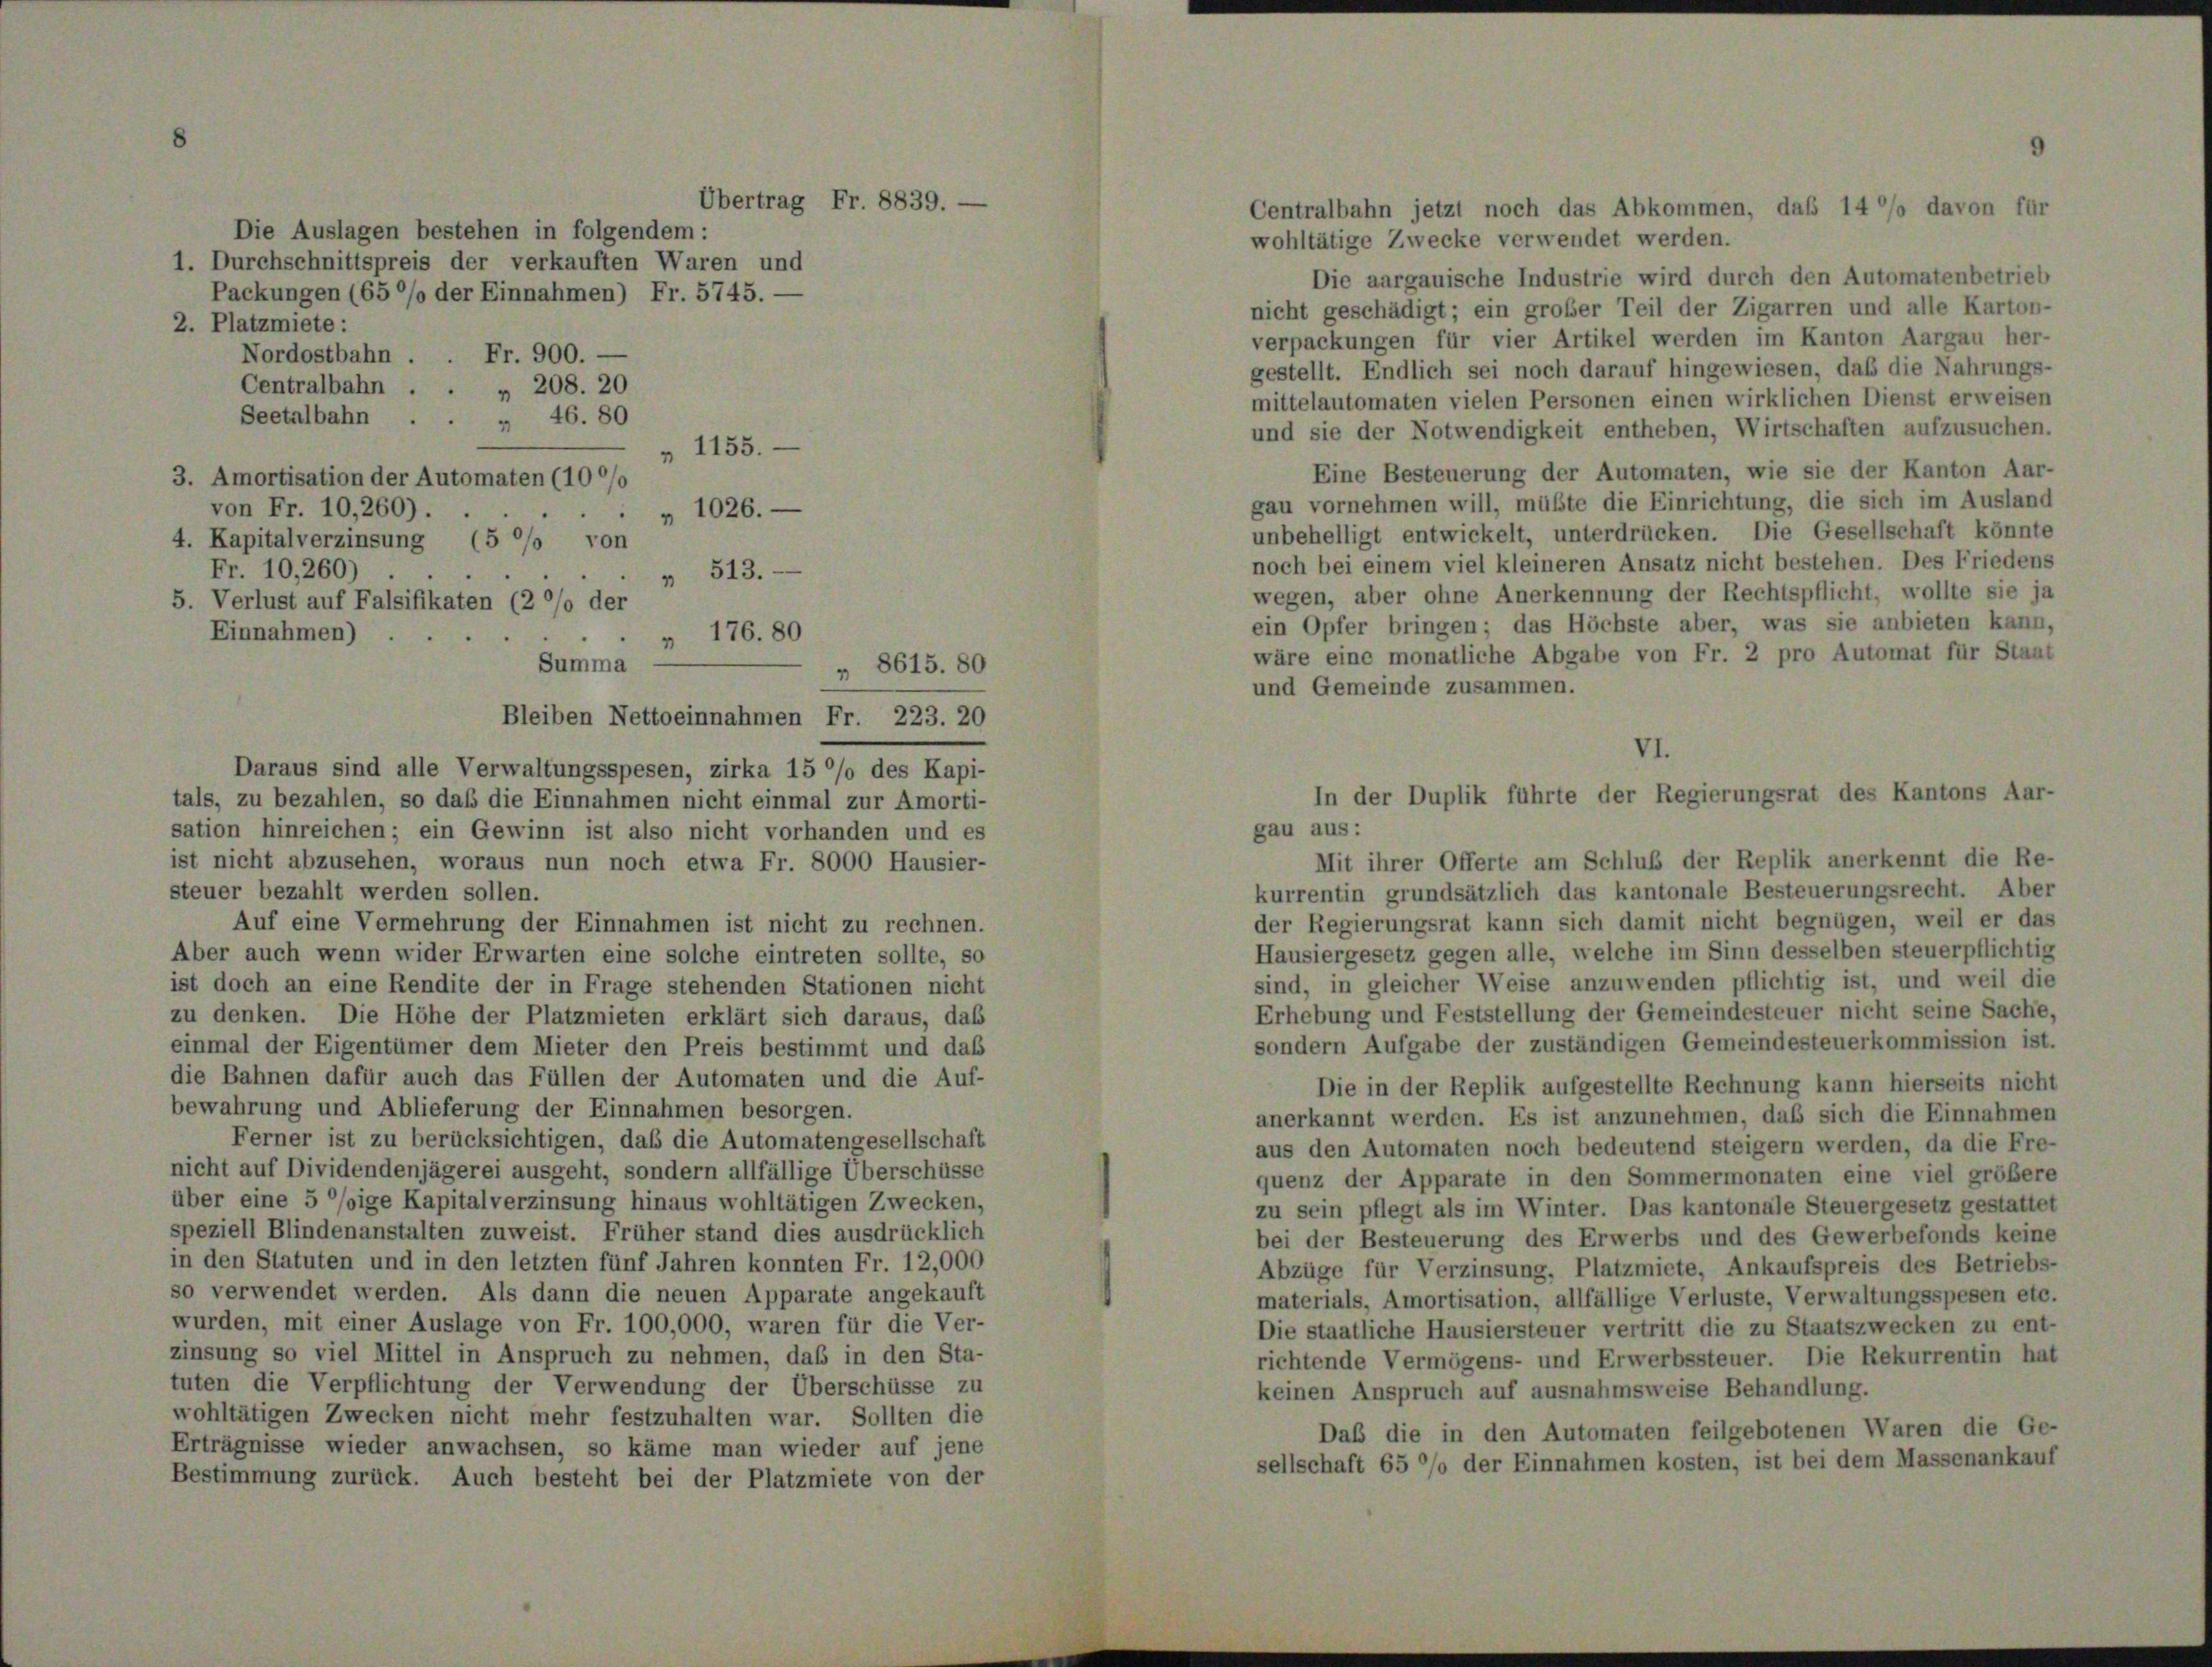
wohltätige Zwecke verwendet werden.
Die aargauische Industrie wird durch den Automatenbetrieb
nicht geschädigt; ein großer Teil der Zigarren und alle Karton-
verpackungen für vier Artikel werden im Kanton Aargau her-
gestellt. Endlich sei noch darauf hingewiesen, daß die Nahrungs-
mittelautomaten vielen Personen einen wirklichen Dienst erweisen
und sie der Notwendigkeit entheben, Wirtschaften aufzusuchen.
Eine Besteuerung der Automaten, wie sie der Kanton Aar-
gau vornehmen will, müßte die Einrichtung, die sich im Ausland
unbehelligt entwickelt, unterdrücken. Die Gesellschaft könnte
noch bei einem viel kleineren Ansatz nicht bestehen. Des Friedens
wegen, aber ohne Anerkennung der Rechtspflicht, wollte sie ja
ein Opfer bringen; das Höchste aber, was sie anbieten kann,
wäre eine monatliche Abgabe von Fr. 2 pro Automat für Staat
und Gemeinde zusammen.
Daraus sind alle Verwaltungsspesen, zirka 15 °/o des Kapi-
tals, zu bezahlen, so daß die Einnahmen nicht einmal zur Amorti-
sation hinreichen; ein Gewinn ist also nicht vorhanden und es
Mit ihrer Offerte am Schluß der Replik anerkennt die Re-
ist nicht abzusehen, woraus nun noch etwa Fr. 8000 Hausier-
steuer bezahlt werden sollen.
kurrentin grundsätzlich das kantonale Besteuerungsrecht. Aber
der Regierungsrat kann sich damit nicht begnügen, weil er das
Auf eine Vermehrung der Einnahmen ist nicht zu rechnen.
Hausiergesetz gegen alle, welche im Sinn desselben steuerpflichtig
Aber auch wenn wider Erwarten eine solche eintreten sollte, so
sind, in gleicher Weise anzuwenden pflichtig ist, und weil die
ist doch an eine Rendite der in Frage stehenden Stationen nicht
Erhebung und Feststellung der Gemeindesteuer nicht seine Sache,
zu denken. Die Höhe der Platzmieten erklärt sich daraus, daß
sondern Aufgabe der zuständigen Gemeindesteuerkommission ist.
einmal der Eigentümer dem Mieter den Preis bestimmt und das
die Bahnen dafür auch das Füllen der Automaten und die Auf-
Die in der Replik aufgestellte Rechnung kann hierseits nicht
bewahrung und Ablieferung der Einnahmen besorgen.
anerkannt werden. Es ist anzunehmen, daß sich die Einnahmen
Ferner ist zu berücksichtigen, daß die Automatengesellschaft
aus den Automaten noch bedeutend steigern werden, da die Fre-
nicht auf Dividendenjägerei ausgeht, sondern allfällige Überschüsse
quenz der Apparate in den Sommermonaten eine viel größere
über eine 5 °/oige Kapitalverzinsung hinaus wohltätigen Zwecken,
zu sein pflegt als im Winter. Das kantonale Steuergesetz gestattet
speziell Blindenanstalten zuweist. Früher stand dies ausdrücklich
bei der Besteuerung des Erwerbs und des Gewerbefonds keine
in den Statuten und in den letzten fünf Jahren konnten Fr. 12,000
Abzüge für Verzinsung, Platzmiete, Ankaufspreis des Betriebs-
so verwendet werden. Als dann die neuen Apparate angekauft
materials, Amortisation, allfällige Verluste, Verwaltungsspesen etc.
wurden, mit einer Auslage von Fr. 100,000, waren für die Ver-
Die staatliche Hausiersteuer vertritt die zu Staatszwecken zu ent-
zinsung so viel Mittel in Anspruch zu nehmen, daß in den Sta-
richtende Vermögens- und Erwerbssteuer. Die Rekurrentin hat
tuten die Verpflichtung der Verwendung der Überschüsse zu
keinen Anspruch auf ausnahmsweise Behandlung.
wohltätigen Zwecken nicht mehr festzuhalten war. Sollten die
Daß die in den Automaten feilgebotenen Waren die Ge-
Erträgnisse wieder anwachsen, so käme man wieder auf jene
sellschaft 65 %% der Einnahmen kosten, ist bei dem Massenankauf
Bestimmung zurück. Auch besteht bei der Platzmiete von der

2. Platzmiete:
Seetalbahn
 1155.
3. Amortisation der Automaten (100/0
von Fr. 10,260).
 1026.
4. Kapitalverzinsung (5 °/o von
Fr. 10,260)
 513.
5. Verlust auf Falsifikaten (2 °/o der
Einnahmen)
 176. 80

Summa
„ 8615. 80
Bleiben Nettoeinnahmen Fr. 223. 20

Übertrag Fr. 8839.
Die Auslagen bestehen in folgendem:
1. Durchschnittspreis der verkauften Waren und
Packungen (650% der Einnahmen) Fr. 5745. —
Nordostbahn . . Fr. 900. -
Centralbahn . . . 208. 20
 46. 80

Centralbahn jetzt noch das Abkommen, daß 140% davon für

VI.
In der Duplik führte der Regierungsrat des Kantons Aar-
gau aus: